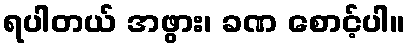
ရပါတယ် အဖွား၊ ခဏ စောင့်ပါ။